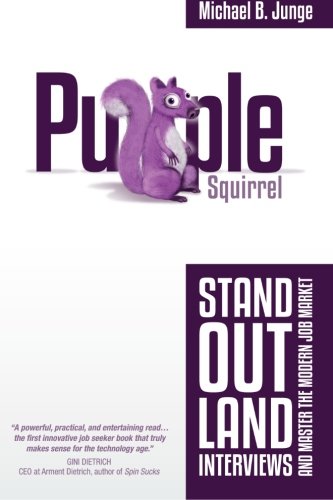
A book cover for Purple Squirrel: Stand Out, Land Interviews, and Master the Modern Job Market; Michael B Junge; Business & Money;